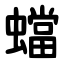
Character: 蟷